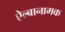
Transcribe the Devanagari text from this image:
ऐल्बानामक